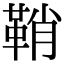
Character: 鞘